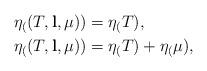
LaTeX: \begin{align*}\eta_((T,\mathbf{l},\mu)) &= \eta_(T), \\\eta_((T,\mathbf{l},\mu)) &= \eta_(T) + \eta_(\mu),\end{align*}